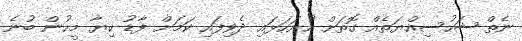
ނެތް ޝަހުސިއްޔަތެއް ގޮތަށް ހުށަހަޅައި ދެވިފައި ކަމަށް ފާޑު ކިޔާ މީހުން ބުނެ